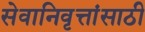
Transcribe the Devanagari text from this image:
सेवानिवृत्तांसाठी